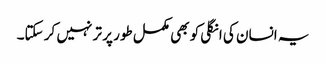
یہ انسان کی انگلی کو بھی مکمل طور پر تر نہیں کر سکتا۔